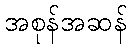
အစုန်အဆန်